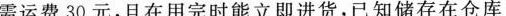
需运费30元，且在用完时能立即进货，已知储存在仓库